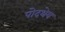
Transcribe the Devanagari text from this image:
पोदथेय